Leaving Certificate Examination (including Day School Certificate (Higher) General paper), 1936
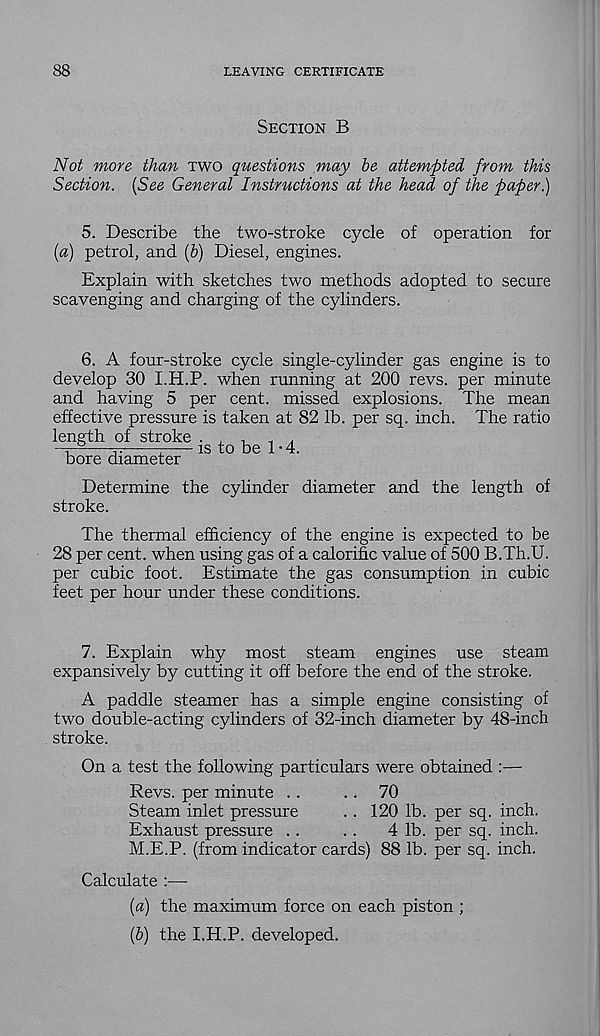
88
LEAVING CERTIFICATE
Section B
Not more than two questions may be attempted from this
Section. [See General Instructions at the head of the paper)
5. Describe the two-stroke cycle of operation for
(a) petrol, and (b) Diesel, engines.
Explain with sketches two methods adopted to secure
scavenging and charging of the cylinders.
6. A four-stroke cycle single-cylinder gas engine is to
develop 30 I.H.P. when running at 200 revs, per minute
and having 5 per cent, missed explosions. The mean
effective pressure is taken at 82 lb. per sq. inch. The ratio
length of stroke
^
1
is to be 1 • 4.
bore diameter
Determine the cylinder diameter and the length of
stroke.
The thermal efficiency of the engine is expected to be
28 per cent, when using gas of a calorific value of 500 B.Th.U.
per cubic foot. Estimate the gas consumption in cubic
feet per hour under these conditions.
7. Explain why most steam engines use steam
expansively by cutting it off before the end of the stroke.
A paddle steamer has a simple engine consisting of
two double-acting cylinders of 32-inch diameter by 48-inch
stroke.
On a test the following particulars were obtained :—
Revs, per minute ..
.. 70
Steam inlet pressure
. . 120 lb. per sq. inch.
Exhaust pressure ..
..
4 lb. per sq. inch.
M.E.P. (from indicator cards) 88 lb. per sq. inch.
Calculate :—
(a) the maximum force on each piston ;
(b) the I.H.P. developed.